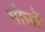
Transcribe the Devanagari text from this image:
मोज़ों